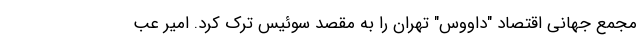
مجمع جهانی اقتصاد "داووس" تهران را به مقصد سوئیس ترک کرد. امیر عب